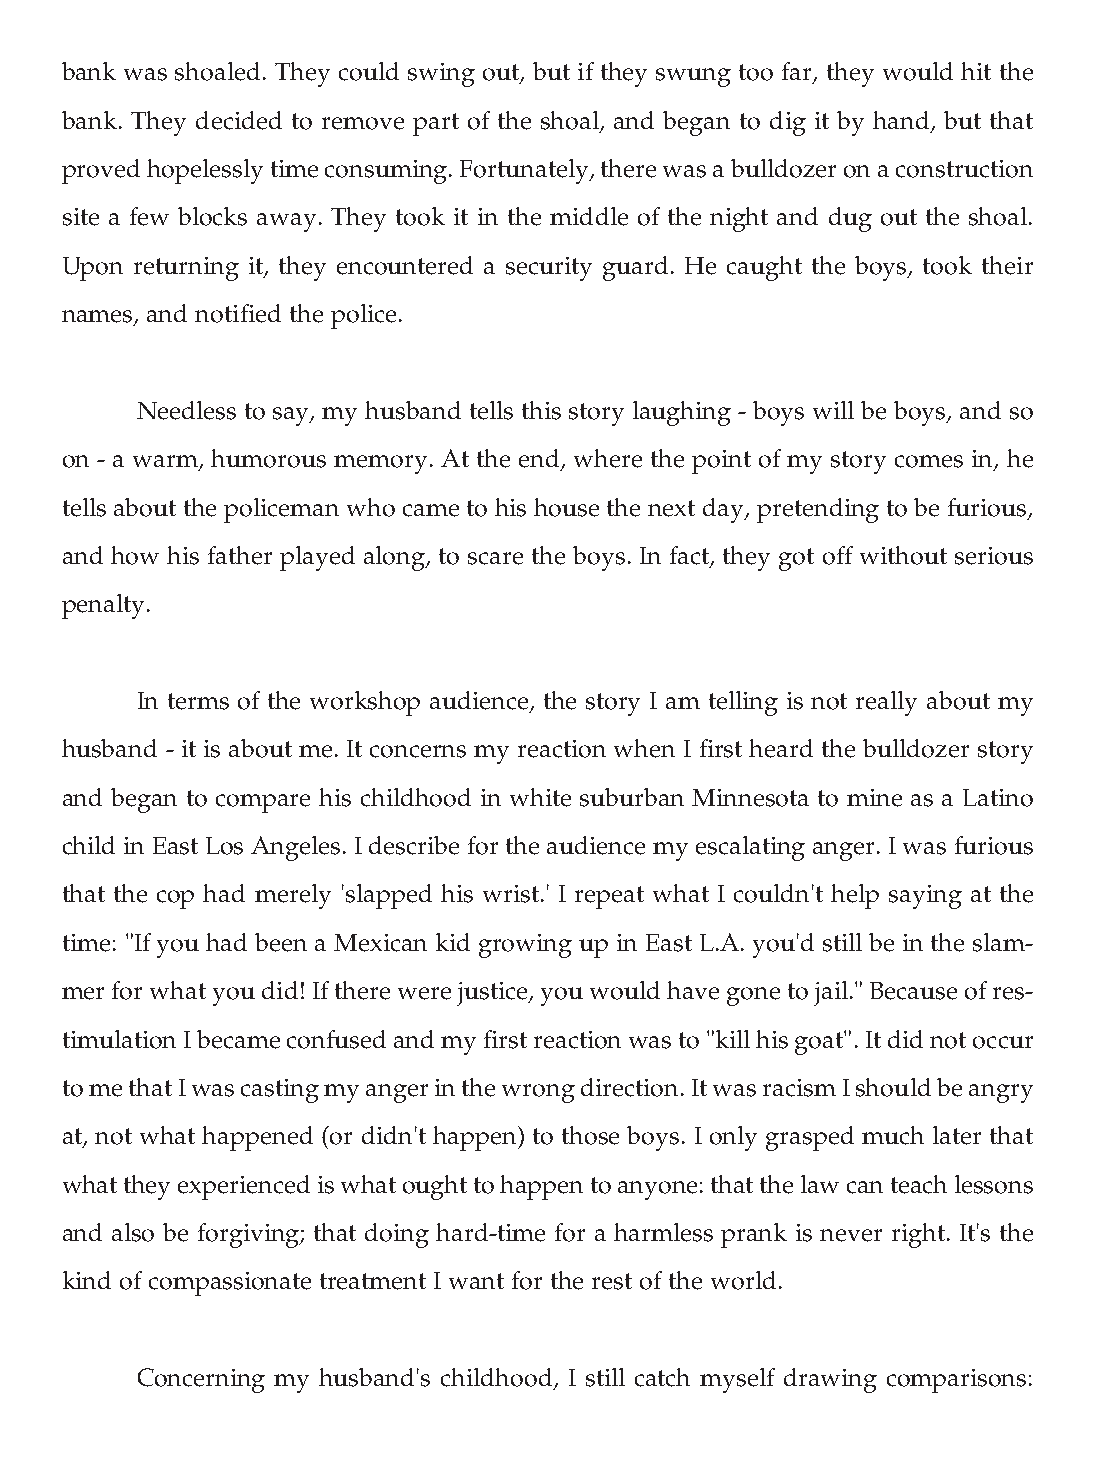
bank was shoaled. They could swing out, but if they swung too far, they would hit the
 bank. They decided to remove part of the shoal, and began to dig it by hand, but that
 proved hopelessly time consuming. Fortunately, there was a bulldozer on a construction
 site a few blocks away. They took it in the middle of the night and dug out the shoal.
 Upon returning it, they encountered a security guard. He caught the boys, took their
 names, and notified the police.
 Needless to say, my husband tells this story laughing - boys will be boys, and so
 on - a warm, humorous memory. At the end, where the point of my story comes in, he
 tells about the policeman who came to his house the next day, pretending to be furious,
 and how his father played along, to scare the boys. In fact, they got off without serious
 penalty.
 In terms of the workshop audience, the story I am telling is not really about my
 husband - it is about me. It concerns my reaction when I first heard the bulldozer story
 and began to compare his childhood in white suburban Minnesota to mine as a Latino
 child in East Los Angeles. I describe for the audience my escalating anger. I was furious
 that the cop had merely 'slapped his wrist.' I repeat what I couldn't help saying at the
 time: "If you had been a Mexican kid growing up in East L.A. you'd still be in the slam-
 mer for what you did! If there were justice, you would have gone to jail." Because of res-
 timulation I became confused and my first reaction was to "kill his goat". It did not occur
 to me that I was casting my anger in the wrong direction. It was racism I should be angry
 at, not what happened (or didn't happen) to those boys. I only grasped much later that
 what they experienced is what ought to happen to anyone: that the law can teach lessons
 and also be forgiving; that doing hard-time for a harmless prank is never right. It's the
 kind of compassionate treatment I want for the rest of the world.
 Concerning my husband's childhood, I still catch myself drawing comparisons: